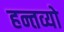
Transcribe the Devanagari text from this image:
हन्तव्यो